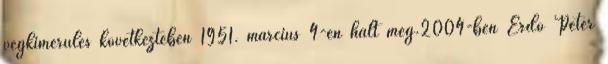
végkimerülés következtében 1951. március 4-én halt meg.2004-ben Erdő Péter